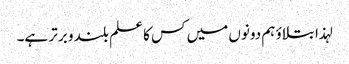
لہذا بتلاوٴ ہم دونوں میں کس کا علم بلند و برتر ہے۔